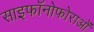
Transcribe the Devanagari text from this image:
साइफॉनोफोराओं